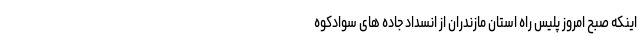
اینکه صبح امروز پلیس راه استان مازندران از انسداد جاده های سوادکوه